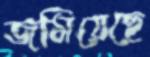
জমিয়েছে